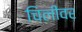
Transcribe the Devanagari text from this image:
चिलीवर